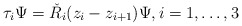
\begin{align*}\tau_i\Psi = \check R_i(z_i-z_{i+1})\Psi,i=1,\ldots,3\end{align*}